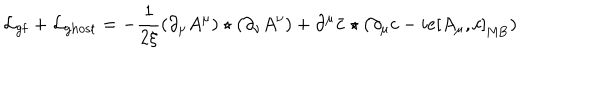
{ \cal L } _ { \mathrm { g f } } + { \cal L } _ { \mathrm { g h o s t } } = - \frac { 1 } { 2 \xi } ( \partial _ { \mu } A ^ { \mu } ) \star ( \partial _ { \nu } A ^ { \nu } ) + \partial ^ { \mu } \bar { c } \star ( \partial _ { \mu } c - i e \left[ A _ { \mu } , c \right] _ { \mathrm { M B } } )